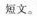
短文。